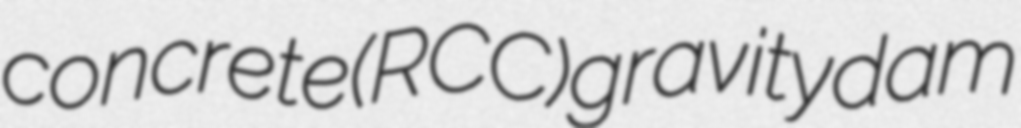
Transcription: concrete (RCC) gravity dam